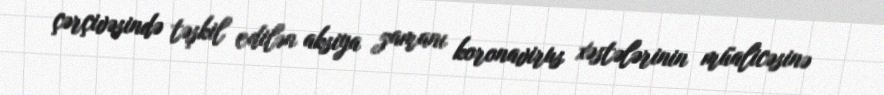
çərçivəsində təşkil edilən aksiya zamanı koronavirus xəstələrinin müalicəsinə